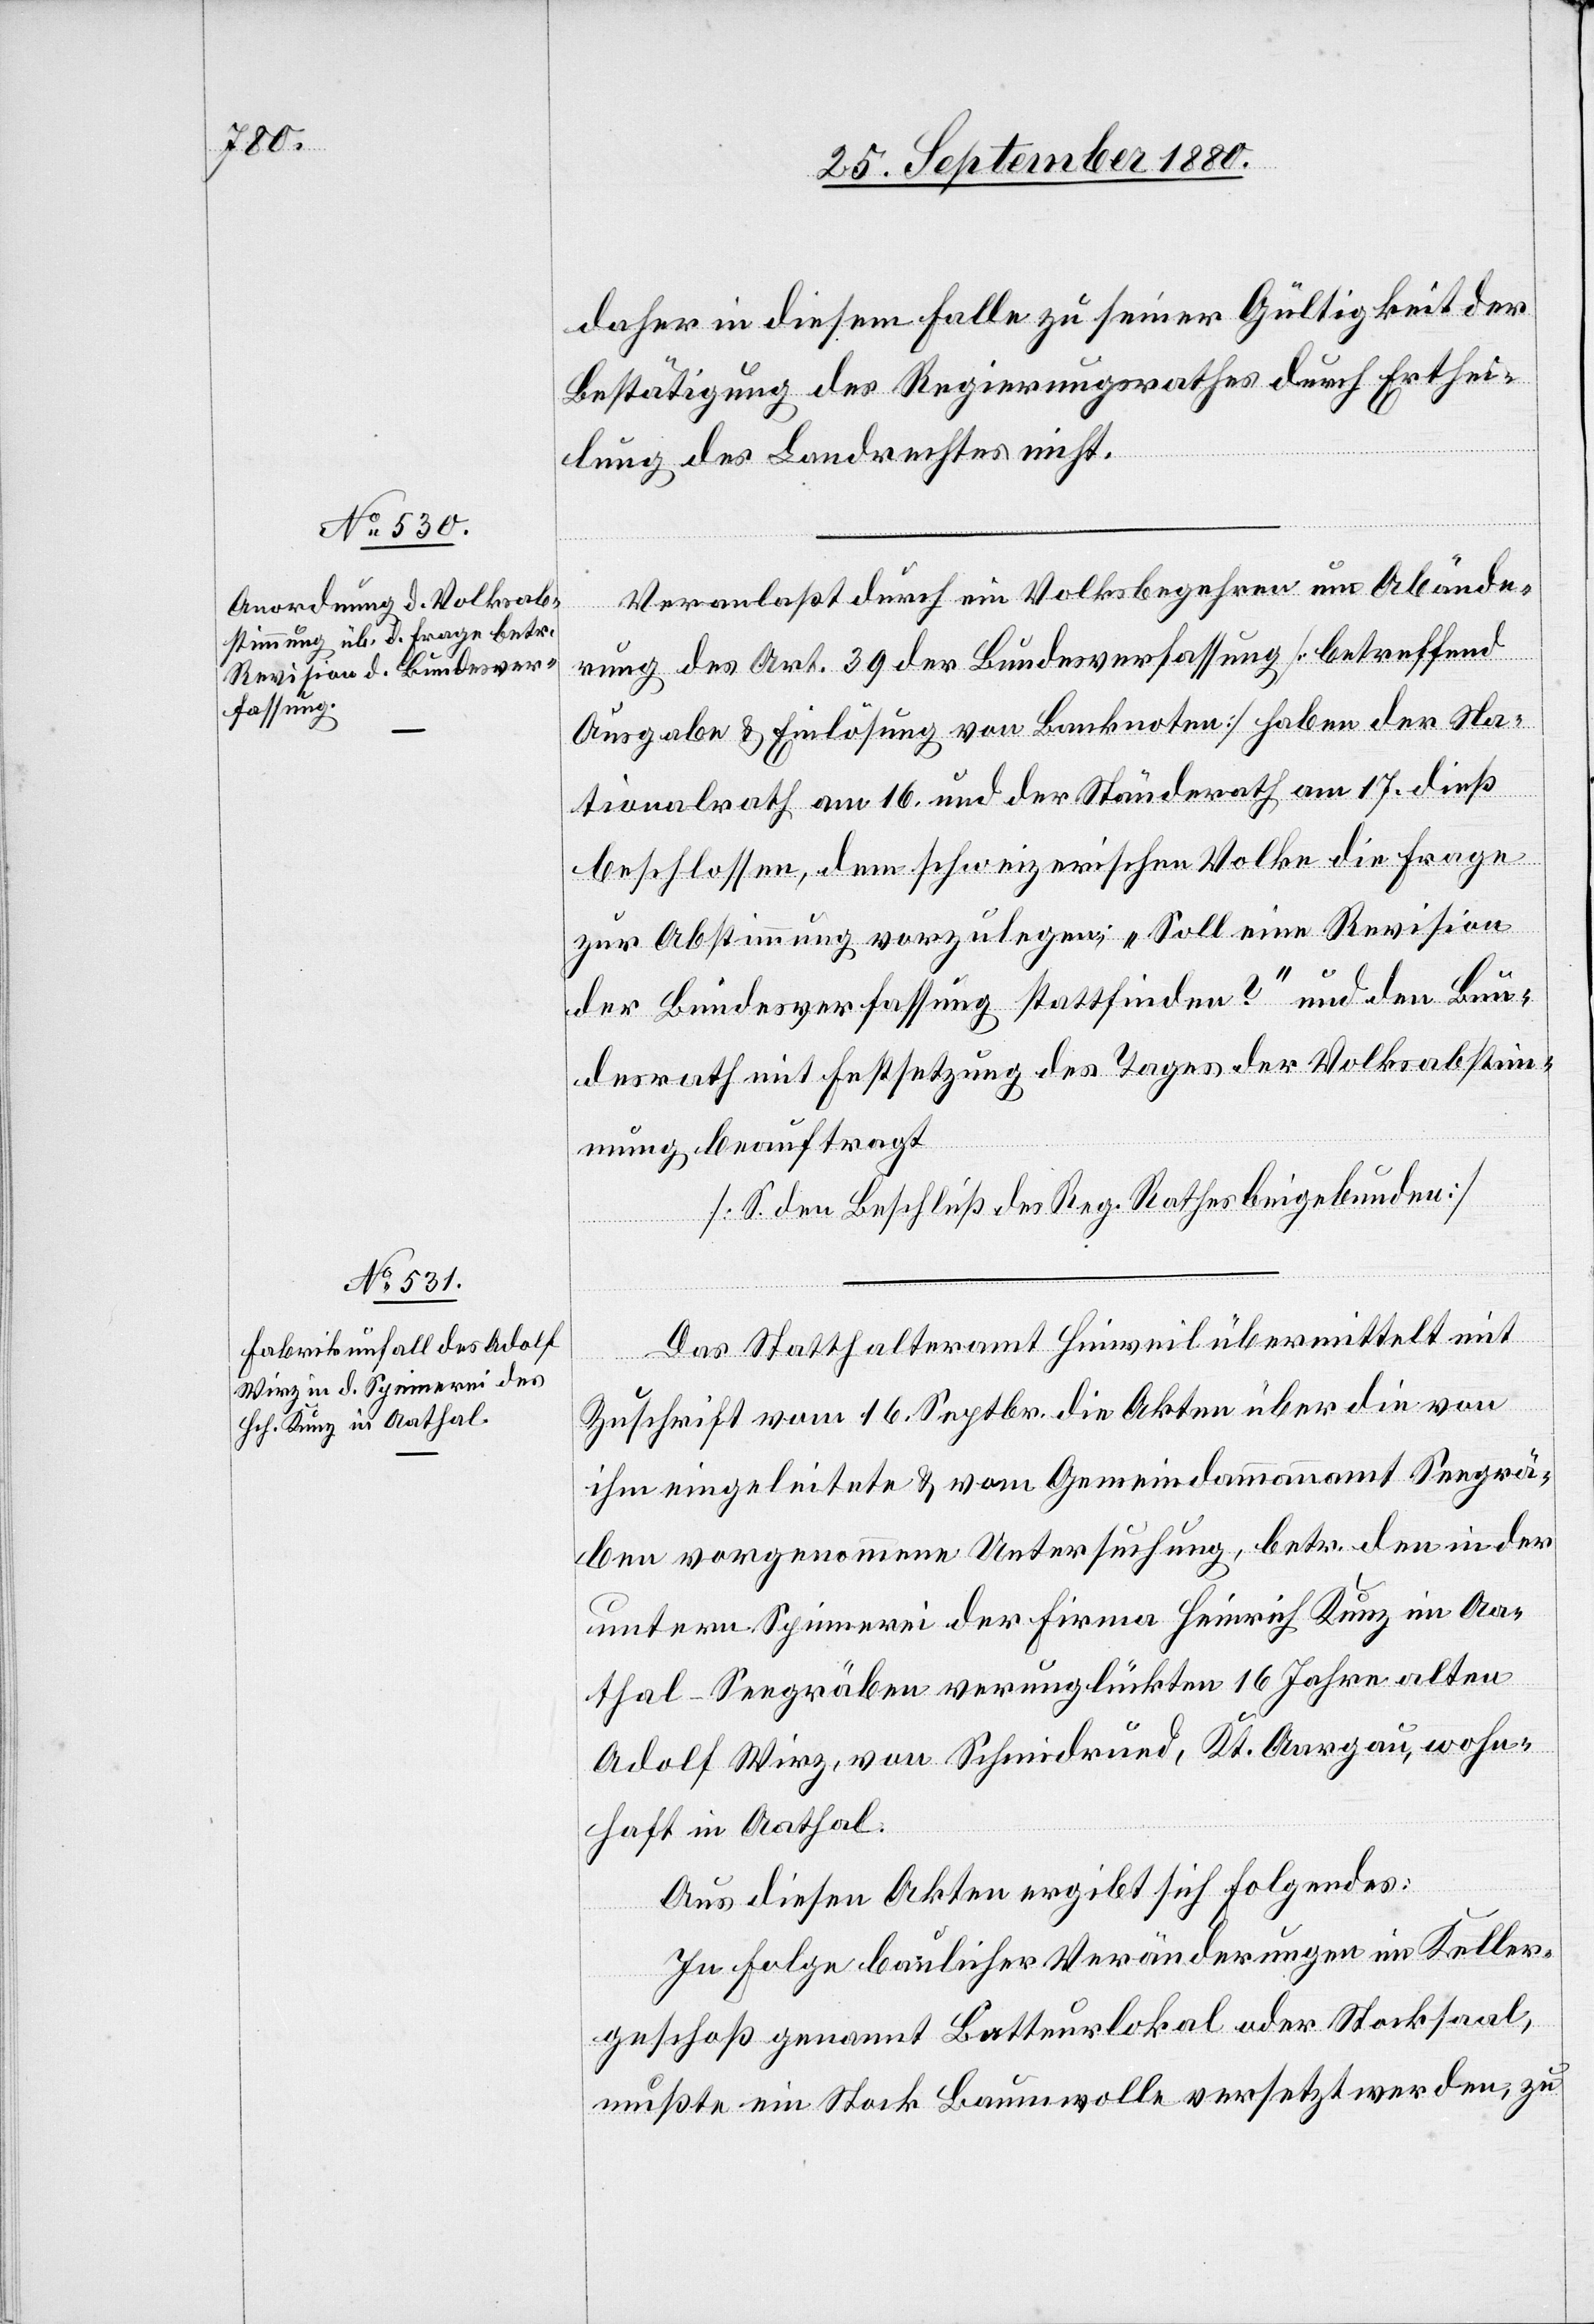
Bestätigung des Regierungsrathes durch Erthei¬
lung des Landrechtes nicht.
Veranlaßt durch ein Volksbegehren um Abände¬
der
rung des Art. 39 der Bundesverfassung [betreffend
Ausgaben & Einlösung von Banknoten] haben der Na¬
tionalrath am 16. und der Ständerath am 17. dieß
beschlossen, dem schweizerischen Volke die Frage
zur Abstimmung vorzulegen; „Soll eine Revision
der Bundesverfassung stattfinden?“ und den Bun¬
desrath mit Festsetzung des Tages der Volksabstim¬
mung beauftragt.
[S. den Beschluß des Reg. Rathes beigebunden]
Das Statthalteramt Hinweil übermittelt mit
Zuschrift vom 16. Septbr. die Akten über die von
ihm eingeleitete & vom Gemeindeammannamt Seegrä¬
ben vorgenommene Untersuchung, betr. den in der
untern Spinnerei der Firma Heinrich Kunz im Aa¬
thal – Seegräben verunglückten 16 Jahre alten
Adolf Wirz, von Schmiedrued, Kt. Aargau, wohn¬
haft in Aathal.
Aus diesen Akten ergibt sich folgendes:
In Folge baulicher Veränderungen im Keller¬
geschoß genannt Batteurlokal oder Stocksaal,
mußte ein Stock Baumwolle versetzt werden, zu